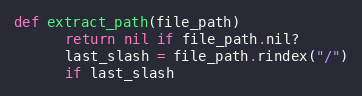
Language: Ruby
def extract_path(file_path)
      return nil if file_path.nil?
      last_slash = file_path.rindex("/")
      if last_slash